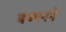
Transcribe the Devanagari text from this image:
बब्बनने